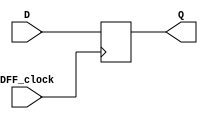
`timescale 1ns / 1ps
//////////////////////////////////////////////////////////////////////////////////
// Company: 
// Engineer: 
// 
// Design Name: 
// Module Name: Subtask_E_dflipflop
// Project Name: 
// Target Devices: 
// Tool Versions: 
// Description: 
// 
// Dependencies: 
// 
// Revision:
// Revision 0.01 - File Created
// Additional Comments:
// 
//////////////////////////////////////////////////////////////////////////////////


module Subtask_E_dflipflop(
    input DFF_clock,
    input D,
    output reg Q = 0
    );
    
    always @ (posedge DFF_clock) 
    begin
        Q <= D;
    end
endmodule